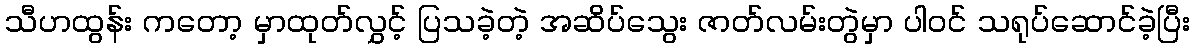
သီဟထွန်း ကတော့ မှာထုတ်လွှင့် ပြသခဲ့တဲ့ အဆိပ်သွေး ဇာတ်လမ်းတွဲမှာ ပါဝင် သရုပ်ဆောင်ခဲ့ပြီး